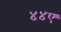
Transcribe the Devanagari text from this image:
४४ए